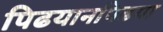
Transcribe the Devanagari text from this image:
पिढयानपिढया